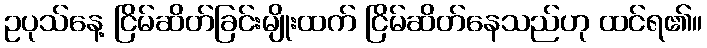
ဥပုသ်နေ့ ငြိမ်ဆိတ်ခြင်းမျိုးထက် ငြိမ်ဆိတ်နေသည်ဟု ထင်ရ၏။